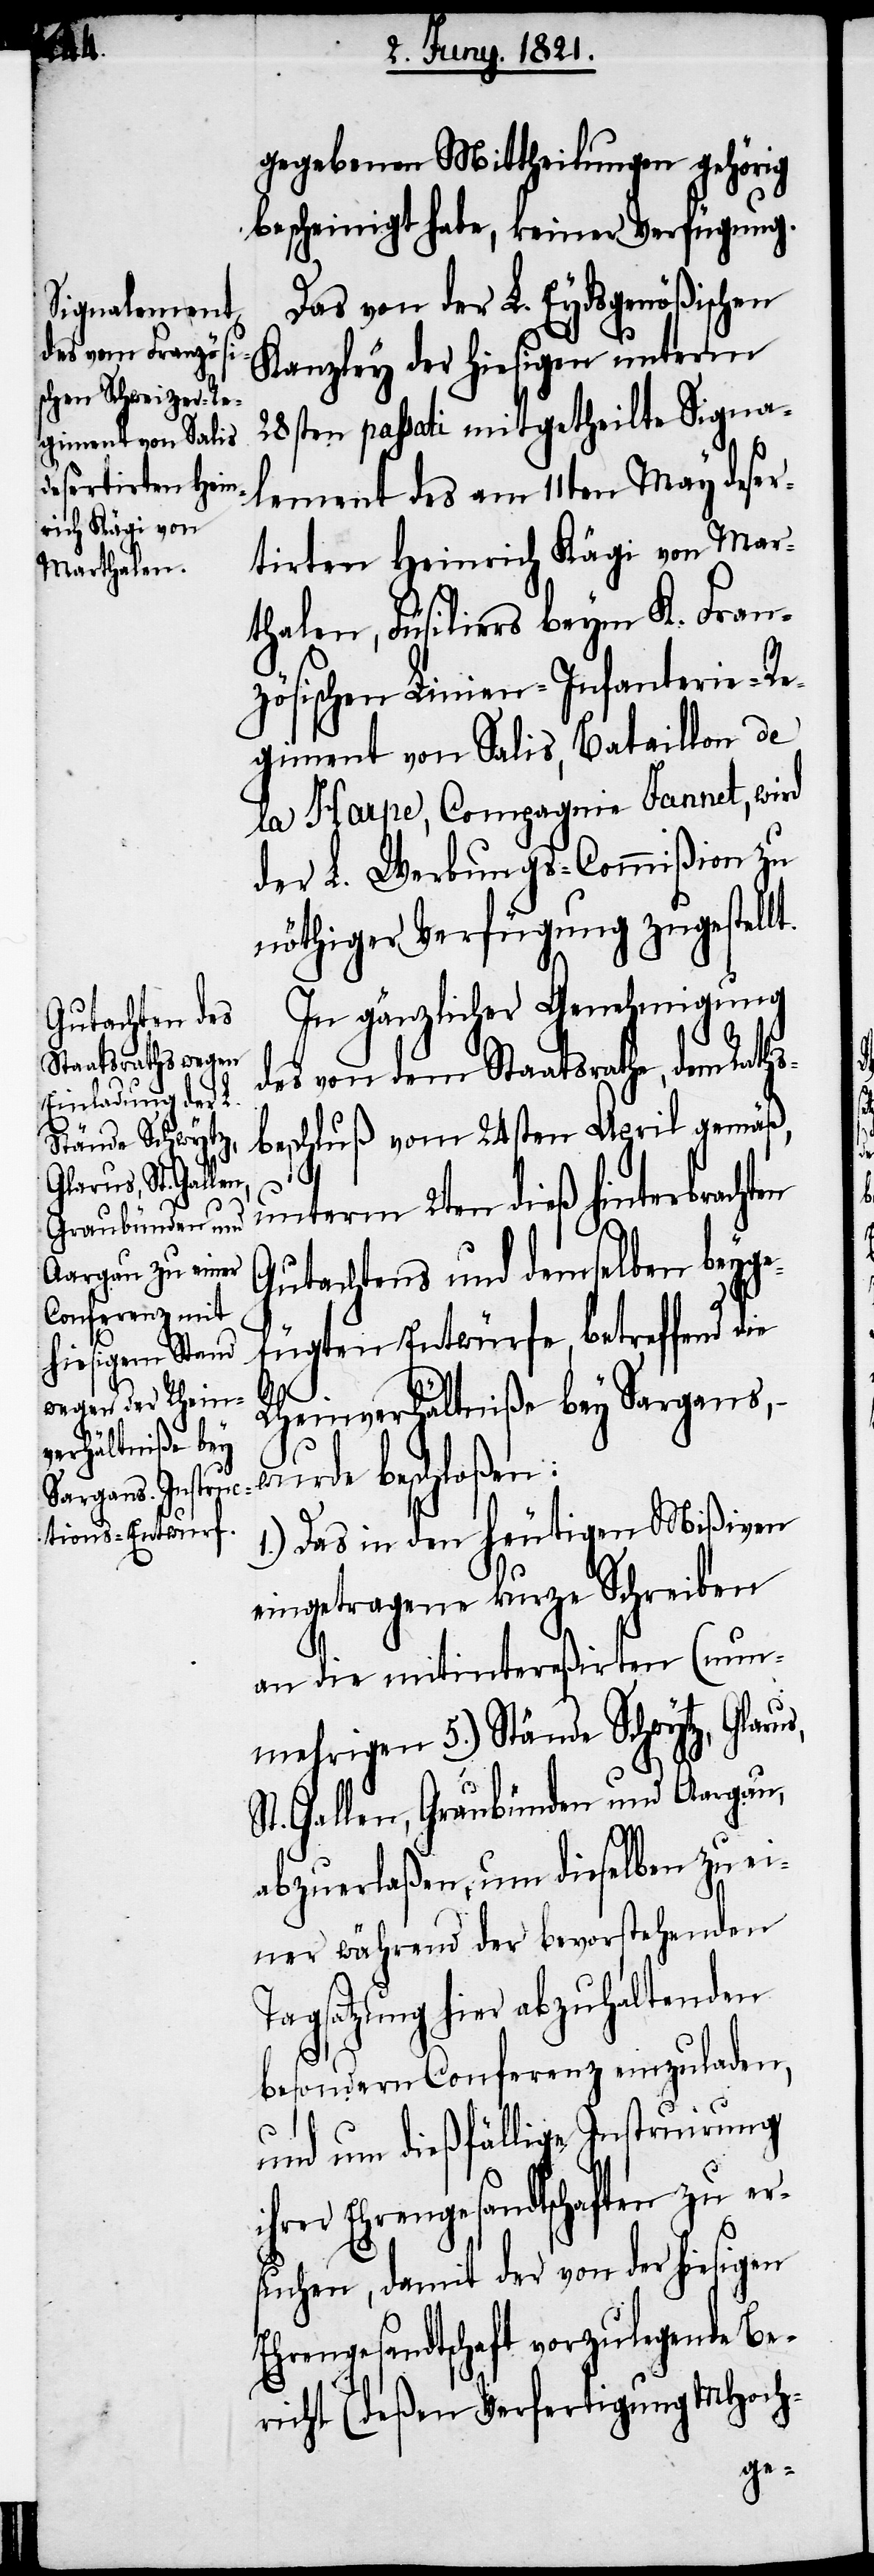
i¬

gegebenen Mittheilungen gehörig
bescheinigt habe, keiner Verfügung.
Das von der L. Eydsgenößischen
Kanzley der hiesigen unterm
28sten passati mitgetheilte Signa¬
lement des am 11ten May deser¬
tirten Heinrich Kägi von Mar¬
thalen, Füsiliers beym K. Fran¬
zösischen Linien-Infanterie-Re¬
giment von Salis, Bataillon de
la Harpe, Compagnie Jannet, wird
der L. Werbungs-Commißion
nöthiger Verfügung zugestell¬
In gänzlicher Genehmigung
des von dem Staatsrathe,
beschluß am 24sten April gemäß,
unterm 2ten dieß hinterbracht¬
Gutachtens und demselben beyge¬
fügten Entwürfe, betreffend die
Rheinverhältniße bey Sargans,
wurde beschloßen:
1.) Das in den heutigen Mißiven
eingetragene kurze Schreiben
an die mitintereßirten (nu¬
nmehrigen 5.) Stände Schwytz, Glar¬
St. Gallen, Graubünden und Aargau,
abzuerlaßen, um dieselben zu ei¬
ner während der bevorstehenden
Tagsatzung hier abzuhaltenden
besondern Conferenz einzuladen,
und um dießfällige Instruirung
hrer Ehrengesandtschaften zu er¬
suchen, damit der von der hiesigen
Ehrengesandtschaft vorzulegende Be¬
richt (deßen Verfertigung MHoch-